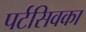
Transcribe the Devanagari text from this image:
पर्टसिवका